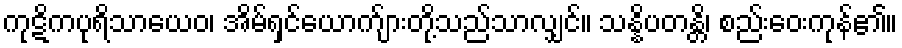
ကုဋိကပုရိသာယေဝ၊ အိမ်ရှင်ယောက်ျားတို့သည်သာလျှင်။ သန္နိပတန္တိ၊ စည်းဝေးကုန်၏။